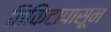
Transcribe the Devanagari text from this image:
तिकिटापासून